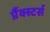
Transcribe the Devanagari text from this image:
प्रैंक्स्टर्स